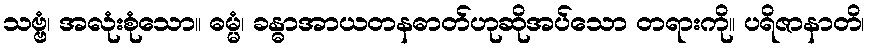
သဗ္ဗံ၊ အလုံးစုံသော။ ဓမ္မံ၊ ခန္ဓာအာယတနဓာတ်ဟုဆိုအပ်သော တရားကို။ ပရိဇာနာတိ၊